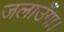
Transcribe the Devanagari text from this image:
जलाउँगा।